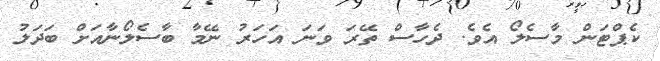
ކެޕްޓަން މާސެލޯ އެވެ. ދެހާސް ތޭރަ ވަނަ އަހަރު ނޭމާ ބާސެލޯނާއަށް ބަދަލު